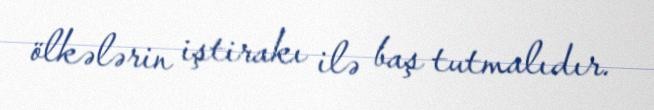
ölkələrin iştirakı ilə baş tutmalıdır.